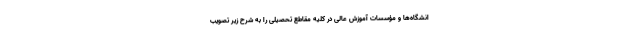
انشگاه‌ها و مؤسسات آموزش عالی در کلیه مقاطع تحصیلی را به شرح زیر تصویب